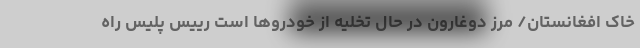
خاک افغانستان/ مرز دوغارون در حال تخلیه از خودروها است رییس پلیس راه